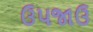
ઉપજાઉ